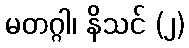
မတဂ္ဂါ၊ နိသင် (၂)